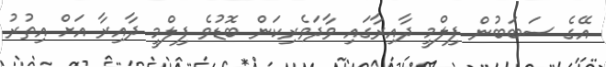
އޭގެ ސަބަބުން ފިލްމީ ދާއިރާގައި ވާދަވެރިކަން ބޮޑުވެ ފިލްމީ ދާއިރާ އަށް އިތުރު